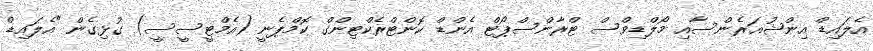
އެލައިޑް އިންޝުއަރެންސާއި މޯލްޑިވްސް ޓްރާންސްޕޯޓް އެންޑް ކޮންޓްރެކްޓިންގް ކޮމްޕެނީ (އެމްޓީސީސީ) ގުޅިގެން "އެލައިޑް